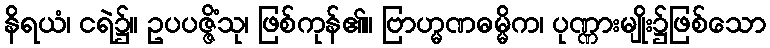
နိရယံ၊ ငရဲ၌။ ဥပပဇ္ဇိံသု၊ ဖြစ်ကုန်၏။ ဗြာဟ္မဏဓမ္မိက၊ ပုဏ္ဏားမျိုး၌ဖြစ်သော